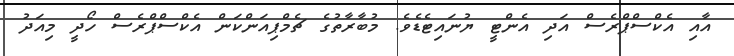
އާއި އެކްސްޕްރެސް އަދި އެންޓީ ޔުނައިޓެޑެވެ. މުބާރާތުގެ ޗެމްޕިއަންކަން އެކްސްޕްރެސް ހޯދީ މިއަދު